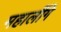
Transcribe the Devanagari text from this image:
महालींगे